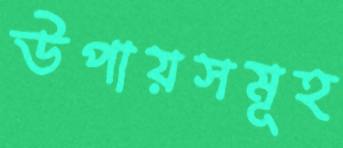
উপায়সমূহ